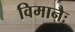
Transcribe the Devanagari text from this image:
विमानैः